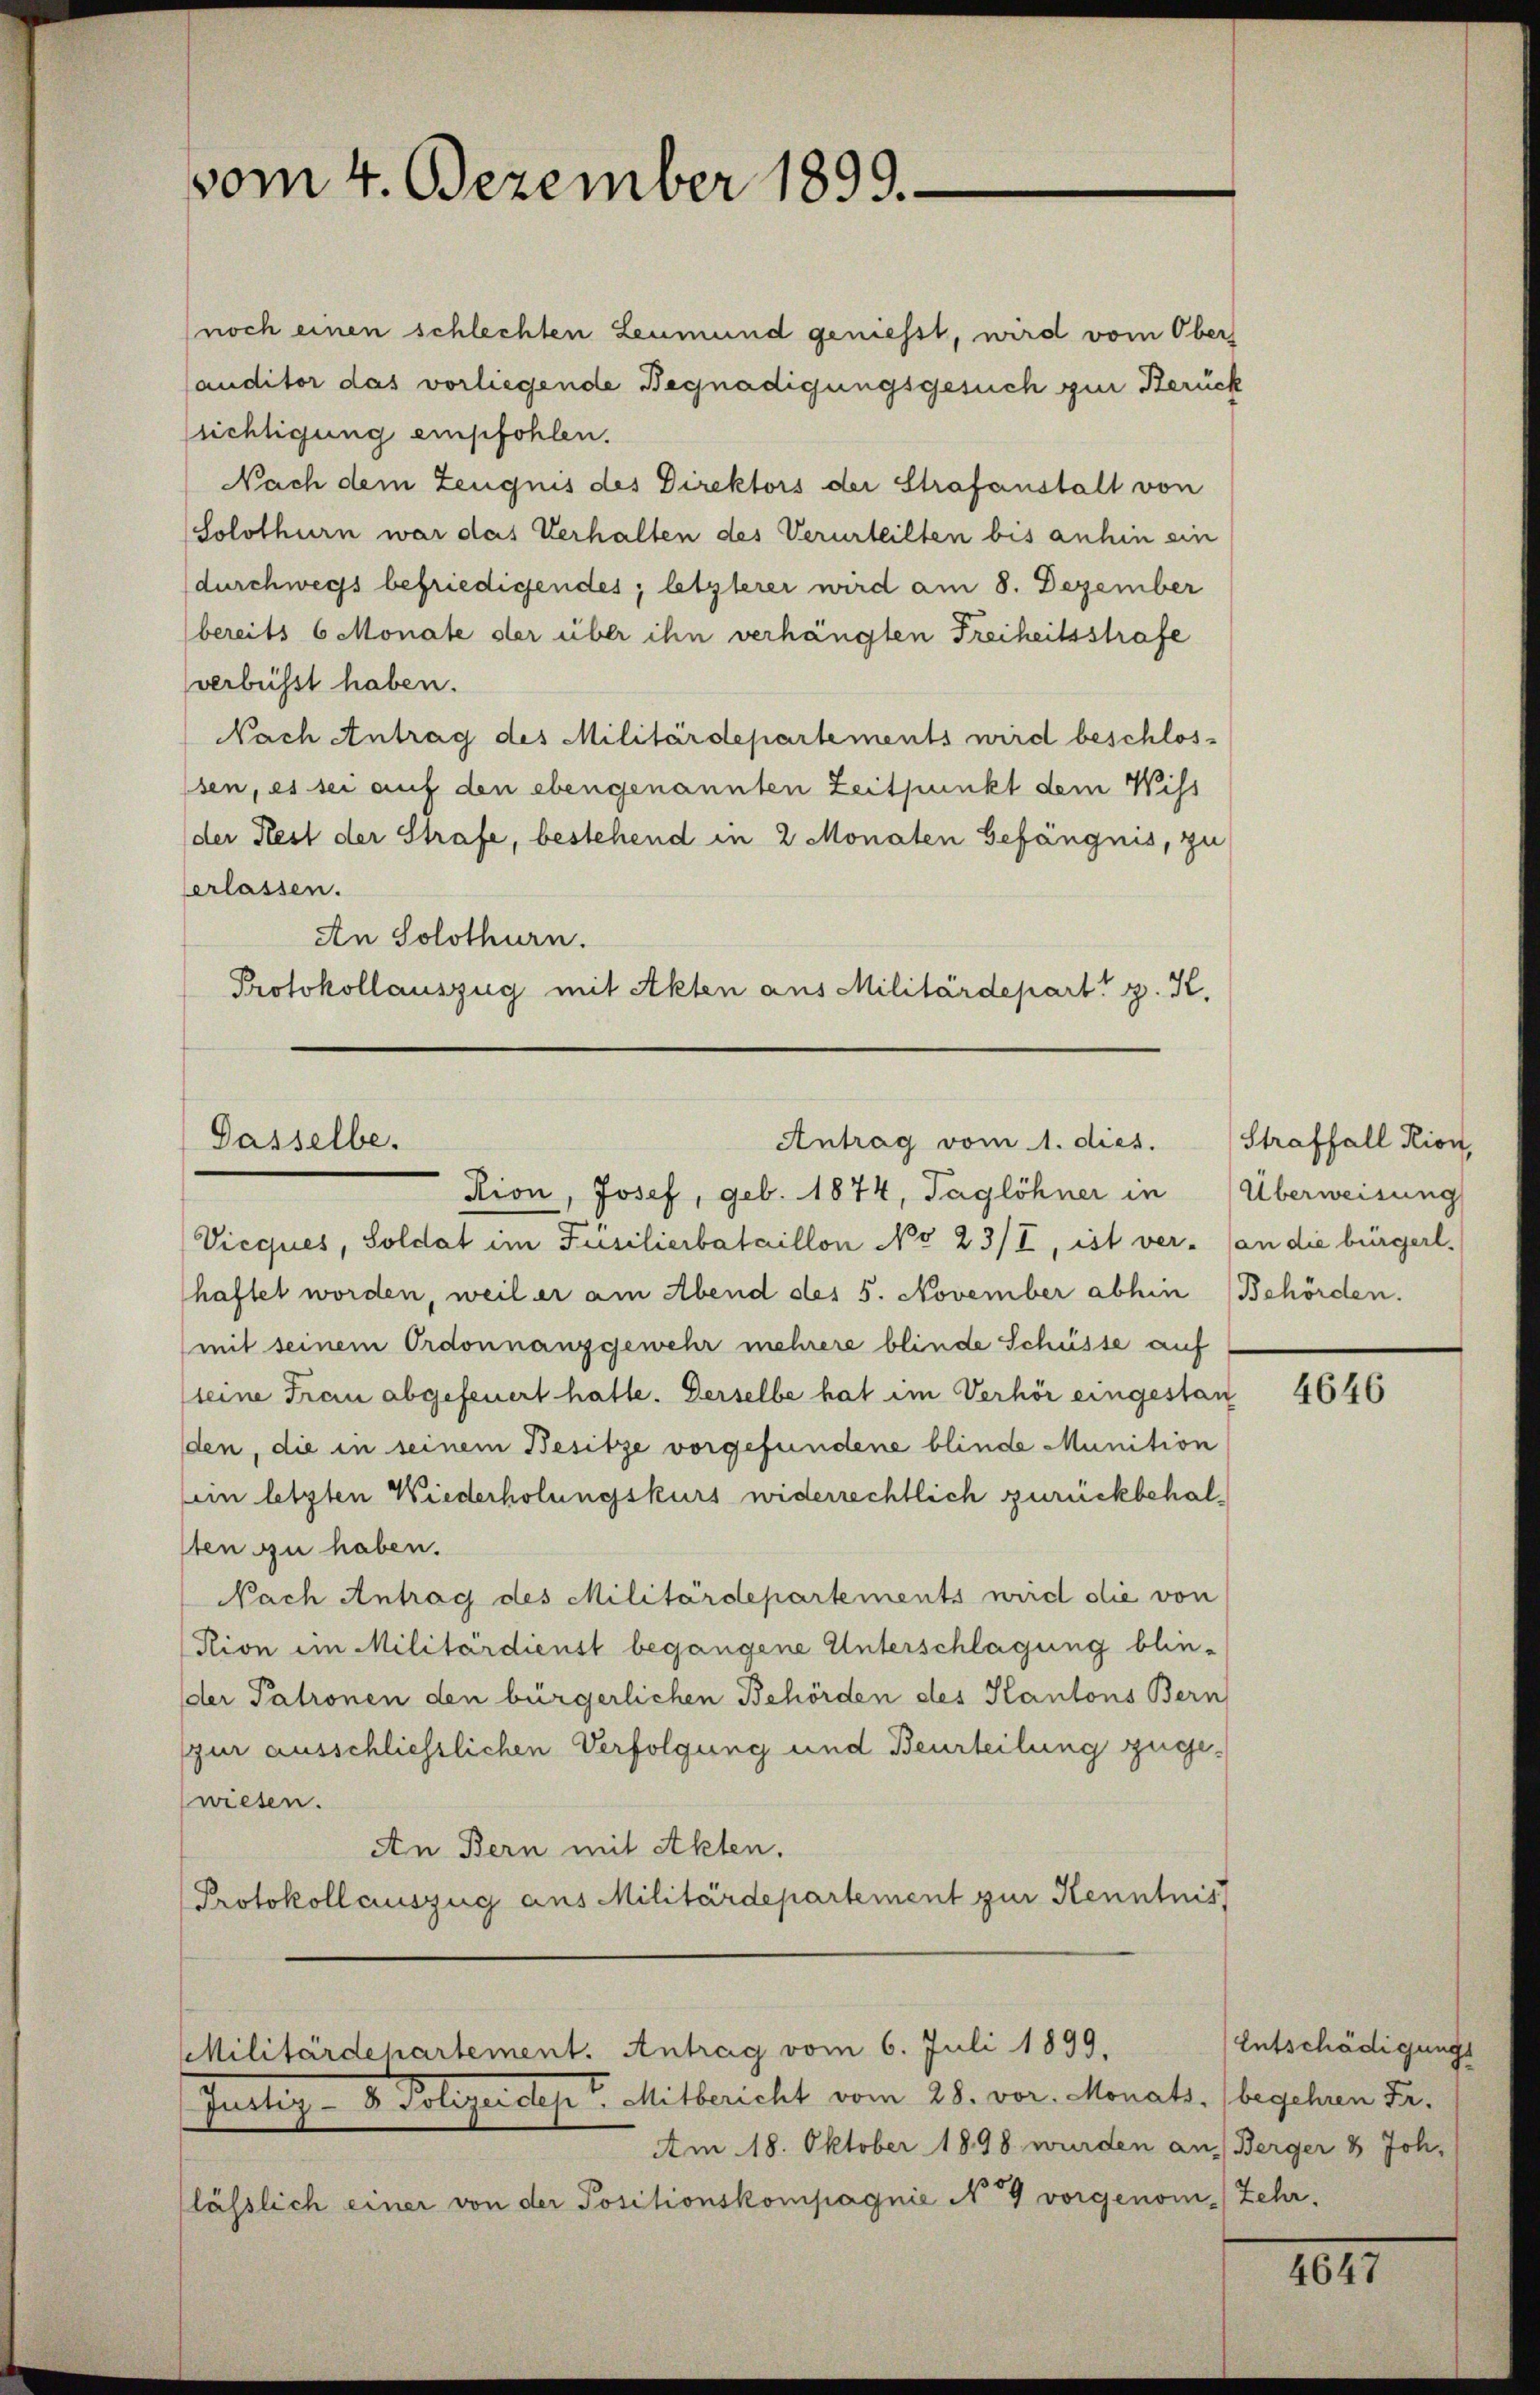
vom 4. Dezember 1899.

Gasselbe.

Justiz- & Polizerdept. Mitbericht vom 28. vor. Monats. (begehren Fa¬
Am 18. Oktober 1898 wurden an Berger 8 Joh.
lässlich einer von der Positionskompagnie No 9 vorgenom-Zehr.

Antrag vom 1. dies.

Militärdepartement. Antrag vom 6. Juli 1899.

(noch einen schlechten Leumund geniesst, wird vom Ober
anditor das vorliegende Begnadigungsgesuch zur Berück
sichtigung empfohlen.
Nach dem Zeugnis des Direktors der Strafanstalt von
(Solothurn war das Verhalten des Verurteilten bis anhin ein
durchwegs befriedigendes; letzterer wird am 8. Dezember
bereits 6 Monate der über ihn verhängten Freiheitsstrafe
verbüsst haben.
NNach Antrag des Militärdepartements wird beschlos-
ssen, es sei auf den ebengenannten Zeitpunkt dem Wiss
der Rest der Strafe, bestehend in 2 Monaten Gefängnis, zu
verlassen.
An Solothurn.
Protokollauszug mit Akten aus Militärdepart z. K.

Rion, Josef, geb. 1874, Taglöhner in Überweisung
Vieques, Soldat im Füsilierbataillon No 23/I, ist ver- (an die bürgerl.
haftet worden, weil er am Abend des 5. November abhin (Behörden.
mit seinem Ordonnanzgewehr mehrere blinde Schüsse auf
sleine Frau abgefeuert hatte. Derselbe hat im Verhör eingestan
den, die in seinem Besitze vorgefundene blinde Munition
lein letzten Wiederholungskurs widerrechtlich zurückbehalsten zu haben.
Nach Antrag des Militärdepartements wird die von
Stion im Militärdienst begangene Unterschlagung blieder Patronen den bürgerlichen Behörden des Kantons Bern
(zur ausschliesslichen Verfolgung und Beurteilung zugewiesen.
An Bern mit Akten.
Protokoll auszug aus Militärdepartement zur Kenntnis

Straffall Rion,

4646

Entschädigungs

1077